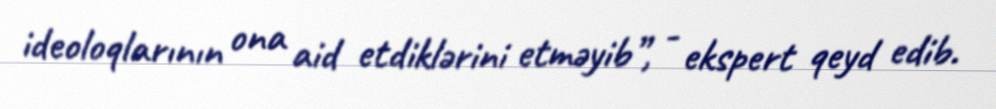
ideoloqlarının ona aid etdiklərini etməyib”, - ekspert qeyd edib.